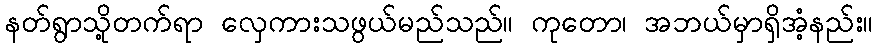
နတ်ရွာသို့တက်ရာ လှေကားသဖွယ်မည်သည်။ ကုတော၊ အဘယ်မှာရှိအံ့နည်း။